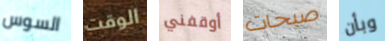
السوس الوقت أوقفني صيحات وبأن